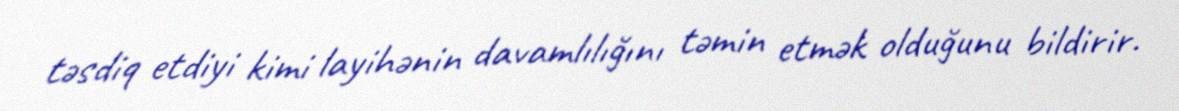
təsdiq etdiyi kimi layihənin davamlılığını təmin etmək olduğunu bildirir.